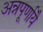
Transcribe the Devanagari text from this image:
अन्नपूर्णायै